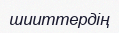
шииттердің